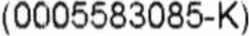
(0005583085-K)